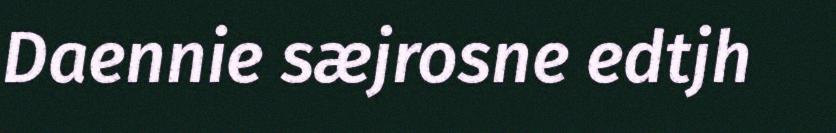
Daennie sæjrosne edtjh